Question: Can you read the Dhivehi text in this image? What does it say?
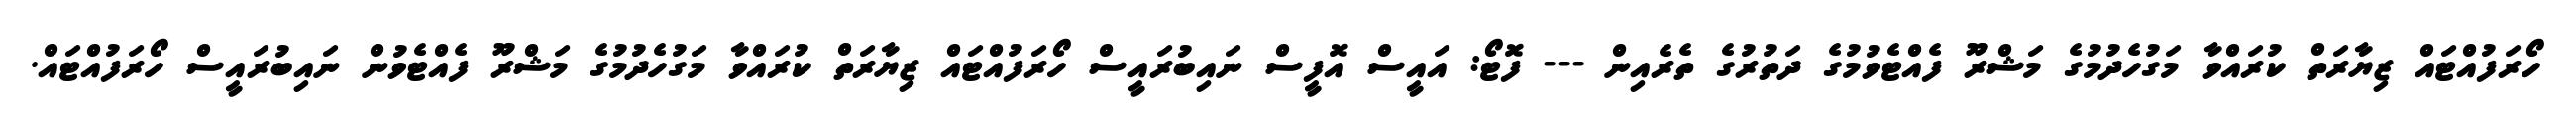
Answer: ހޯރަފުއްޓައް ޒިޔާރަތް ކުރައްވާ މަގުހެދުމުގެ މަޝްރޫ ފެއްޓެވުމުގެ ދަތުރުގެ ތެރެއިން --- ފޮޓޯ: އައީސް އޮފީސް ނައިބުރައީސް ހޯރަފުއްޓައް ޒިޔާރަތް ކުރައްވާ މަގުހެދުމުގެ މަޝްރޫ ފެއްޓެވުން ނައިބުރައީސް ހޯރަފުއްޓައް.